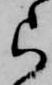
ら